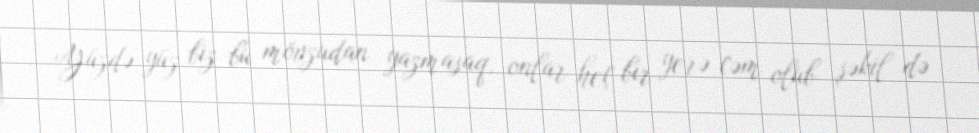
Yüzdə-yüz biz bu mövzudan yazmasaq, onlar heç bir yerə cəm olub şəkil də